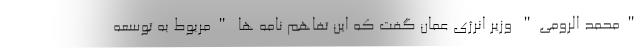
"محمد الرومی" وزیر انرژی عمان گفت که این تفاهم نامه ها "مربوط به توسعه